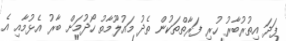
ފަދަ އިތުރުބާރު ހުރި ފަރާތްތަކުން ތެދު މައުލޫމާތު ހޯދުމަށް ބާރު އެޅުމާއި އެ